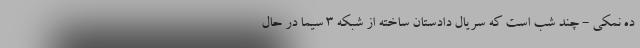
ده نمکی - چند شب است که سریال دادستان ساخته از شبکه 3 سیما در حال